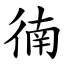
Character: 㣮